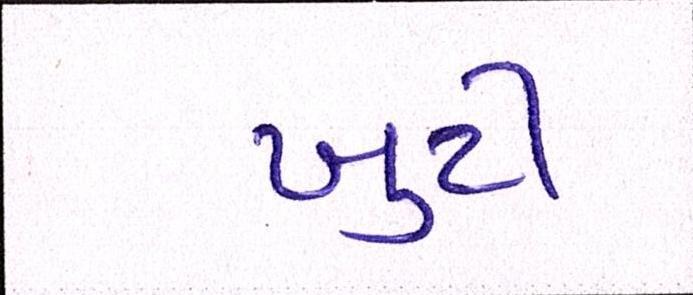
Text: ખુટી